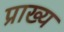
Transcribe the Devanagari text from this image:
प्राख्य